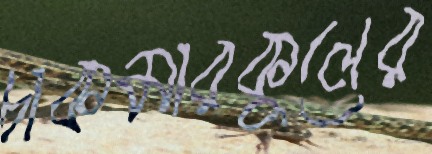
চাকমারকুলের